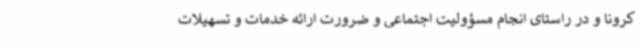
کرونا و در راستای انجام مسؤولیت اجتماعی و ضرورت ارائه خدمات و تسهیلات